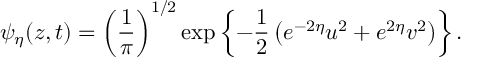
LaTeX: \psi _ { \eta } ( z , t ) = \left( { \frac { 1 } { \pi } } \right) ^ { 1 / 2 } \exp \left\{ - { \frac { 1 } { 2 } } \left( e ^ { - 2 \eta } u ^ { 2 } + e ^ { 2 \eta } v ^ { 2 } \right) \right\} .